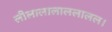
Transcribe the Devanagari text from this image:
लीलालालाललालल।